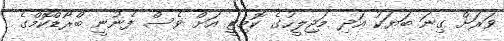
ވަރަށް ގިނަ ބަޔަކު އަދި މަޖިލީހުގެ ކޮމިޓީ އަށް ވެސް ފެނުނީ ބްރޯޑްކޮމްގެ